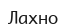
Лахно